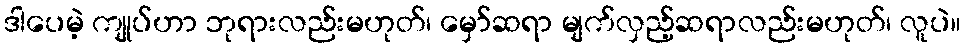
ဒါပေမဲ့ ကျုပ်ဟာ ဘုရားလည်းမဟုတ်၊ မှော်ဆရာ မျက်လှည့်ဆရာလည်းမဟုတ်၊ လူပဲ။